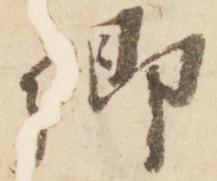
卿